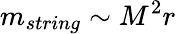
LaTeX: m_{string}\sim M^{2}r